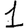
Digit: 1